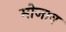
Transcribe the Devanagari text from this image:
मोजाव